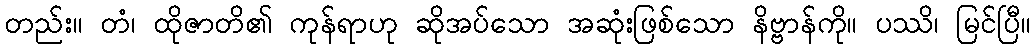
တည်း။ တံ၊ ထိုဇာတိ၏ ကုန်ရာဟု ဆိုအပ်သော အဆုံးဖြစ်သော နိဗ္ဗာန်ကို။ ပဿိ၊ မြင်ပြီ။